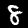
Label: 8